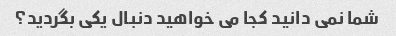
شما نمی دانید کجا می خواهید دنبال یکی بگردید؟